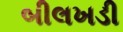
બીલખડી